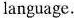
language.